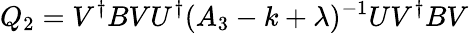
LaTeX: Q_{2}=V^{\dagger}BVU^{\dagger}(A_{3}-k+\lambda)^{-1}UV^{\dagger}BV